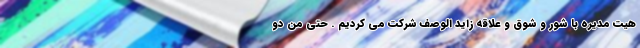
هیت مدیره با شور و شوق و علاقه زاید الوصف شرکت می کردیم . حتی من دو